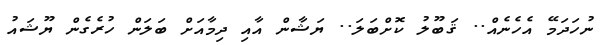
ނުހަދަމޭ އެހެނެއް.. ޤަބޫލު ކޮށްބަލަ.. ޔަޝާން އާއި ދިމާއަށް ބަލަން ހުރެގެން ޔޫޝައު